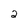
Character: 2